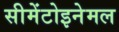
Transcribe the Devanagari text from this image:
सीमेंटोइनेमल